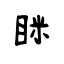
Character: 眯